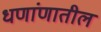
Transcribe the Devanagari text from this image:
धणांणातील